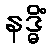
နဒ္ဓိံ